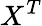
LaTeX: X^{T}